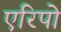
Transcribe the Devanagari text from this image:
एरिपो